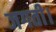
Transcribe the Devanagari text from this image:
जगती।